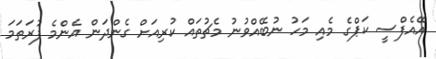
އޭއެފްސީ ކަޕްގެ މެއި މަހު ނުބޭއްވުނު މެޗުތައް ކުރިއަށް ގެންދަން އެންމެ ފުރަތަމަ